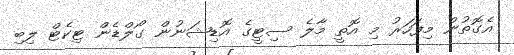
އެގޮތުން މިފަހަރު މި އޮތީ މާލެ ސިޓީގެ އޮޑިޝަނުން ގޯލްޑެން ޓިކެޓް ލިބި